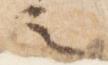
之